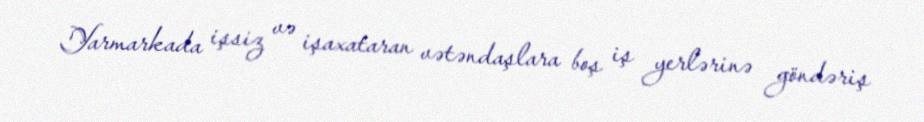
Yarmarkada işsiz və işaxataran vətəndaşlara boş iş yerlərinə göndəriş